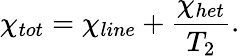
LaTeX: {{\chi}_{tot}}={{\chi}_{line}}+\frac{{{\chi}_{het}}}{{{T}_{2}}}.